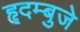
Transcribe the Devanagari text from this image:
हृदम्बुजे